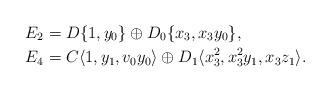
LaTeX: \begin{align*}E_2&=D\{1, y_0 \} \oplus D_0 \{ x_3, x_3 y_0 \},\\E_4&=C\langle 1, y_1, v_0y_0 \rangle \oplus D_1 \langle x_3^2, x_3^2 y_1, x_3z_1\rangle.\end{align*}